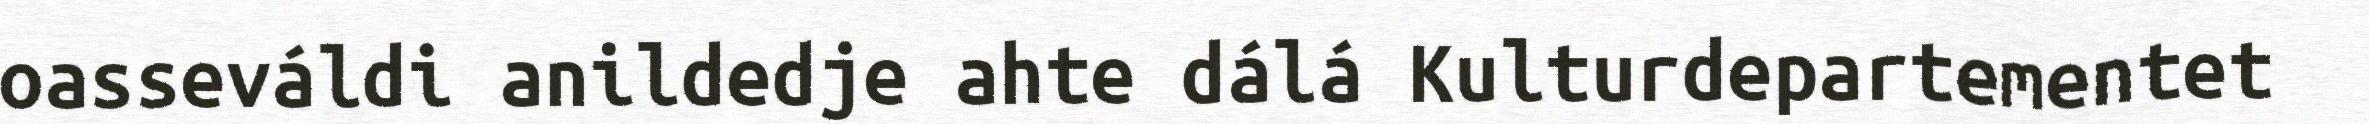
oasseváldi anildedje ahte dálá Kulturdepartementet